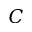
C